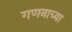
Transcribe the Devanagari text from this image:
गणनाच्या